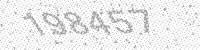
Solution: 198457